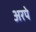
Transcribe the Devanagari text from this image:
अरपे